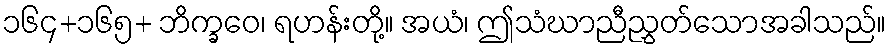
၁၆၄+၁၆၅+ ဘိက္ခဝေ၊ ရဟန်းတို့။ အယံ၊ ဤသံဃာညီညွှတ်သောအခါသည်။